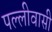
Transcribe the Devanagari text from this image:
पल्लीवासी